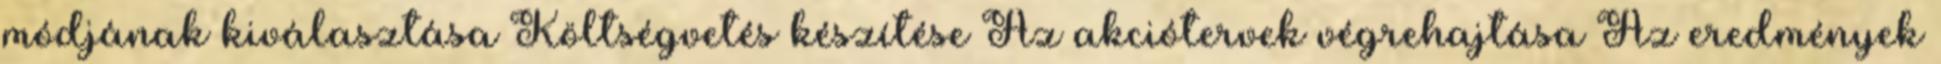
módjának kiválasztása Költségvetés készítése Az akciótervek végrehajtása Az eredmények